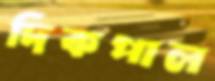
দিকপাল